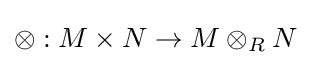
\otimes :M\times N\to M\otimes _{R}N